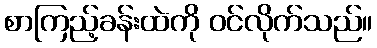
စာကြည့်ခန်းထဲကို ဝင်လိုက်သည်။